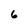
Character: 6